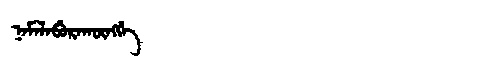
Manchu: ᠨᠠᠮᠠᠯᠠᠪᡠᡵᠠᡴᡡᠩᡤᡝ
Romanization: NAMALABURAKŪNGGE